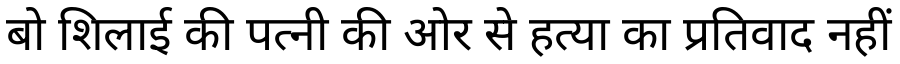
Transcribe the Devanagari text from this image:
बो शिलाई की पत्नी की ओर से हत्या का प्रतिवाद नहीं